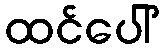
ထင်ပေါ်